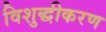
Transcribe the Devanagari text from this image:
विशुद्धीकरण